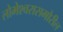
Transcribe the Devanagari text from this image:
लोभेश्‍वरासमोरील